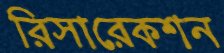
রিসারেকশন